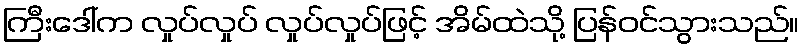
ကြီးဒေါ်က လှုပ်လှုပ် လှုပ်လှုပ်ဖြင့် အိမ်ထဲသို့ ပြန်ဝင်သွားသည်။